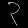
Digit: ၃